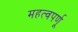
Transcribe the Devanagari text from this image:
महत्वपर्णू